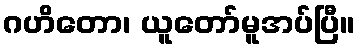
ဂဟိတော၊ ယူတော်မူအပ်ပြီ။